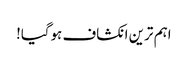
اہم ترین انکشاف ہوگیا!